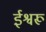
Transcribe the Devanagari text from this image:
ईश्वरू